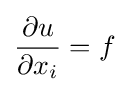
{\frac {\partial u}{\partial x_{i}}}=f